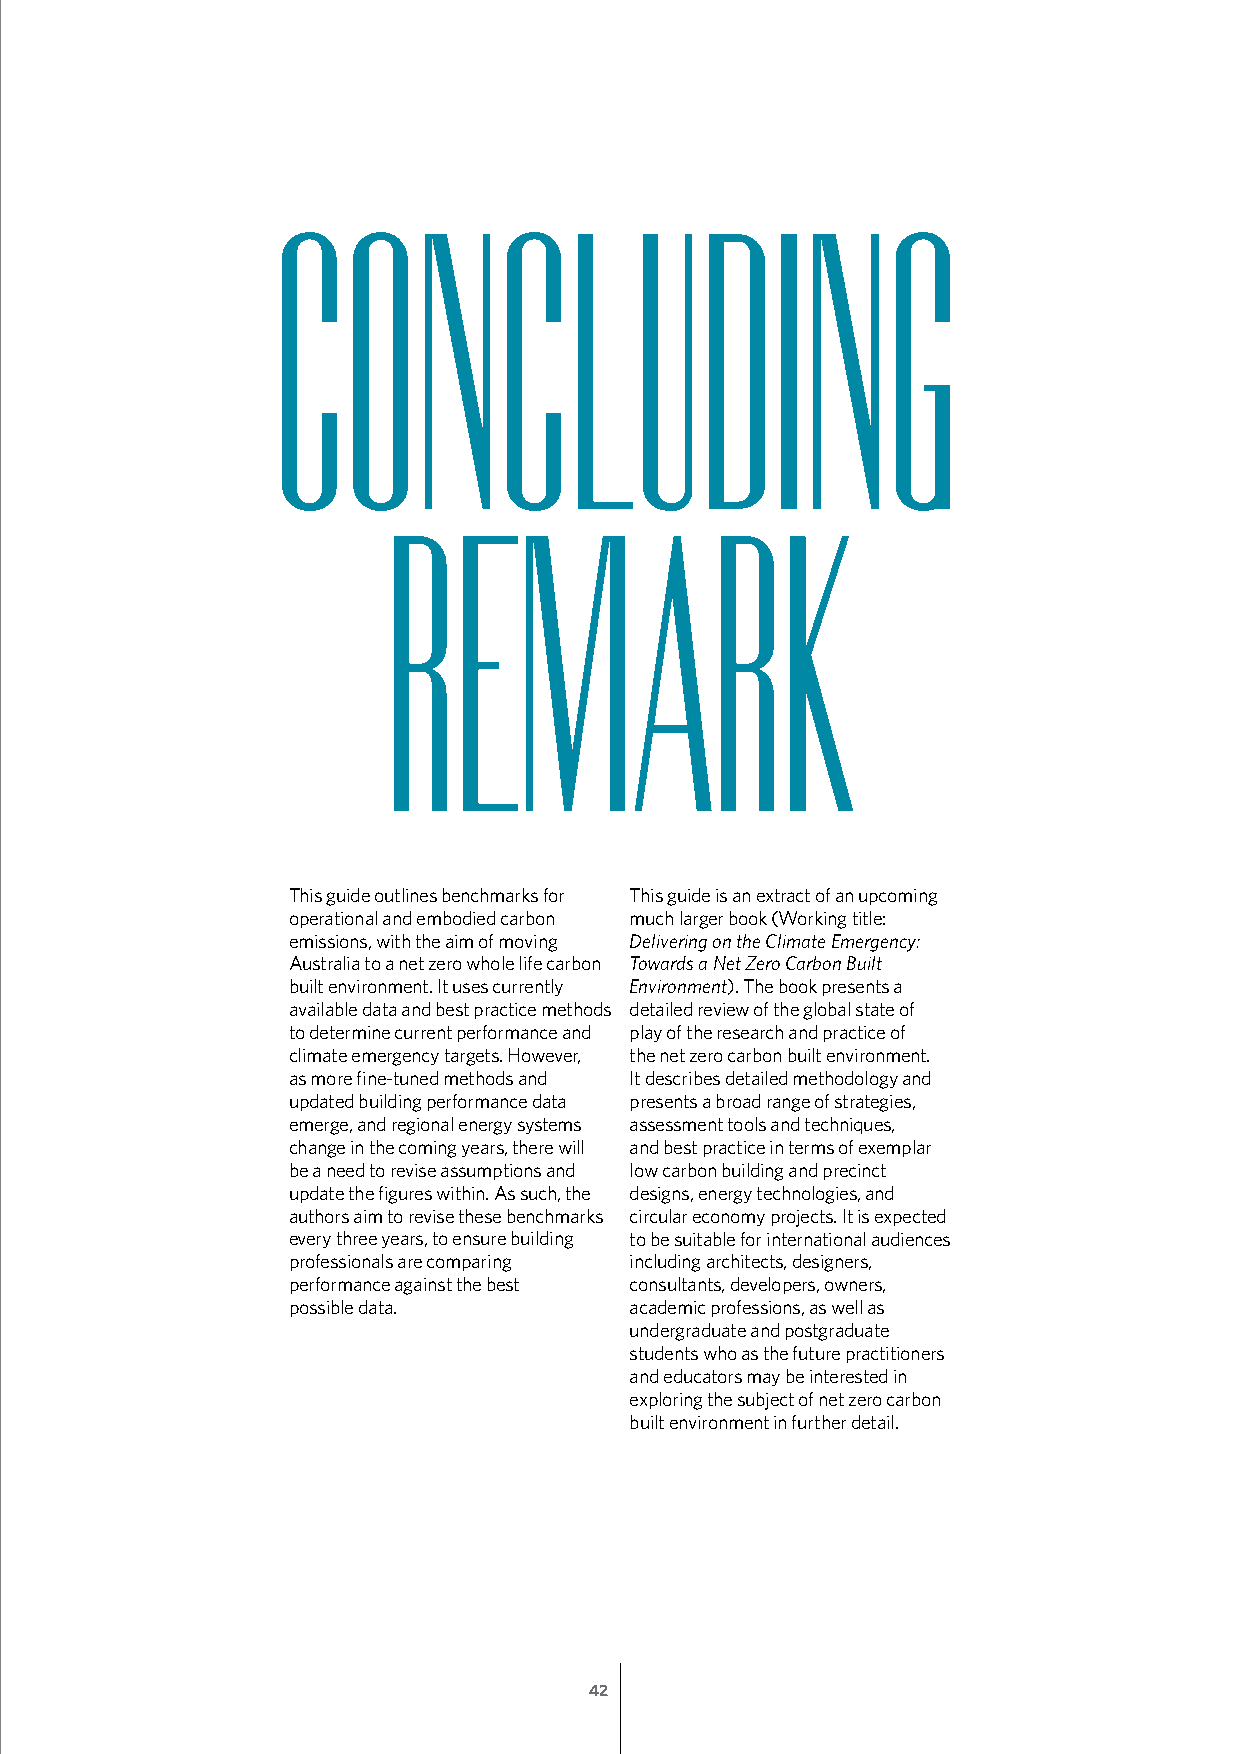
CONCLUDING
 REMARK
 This guide outlines benchmarks for This guide is an extract of an upcoming
 operational and embodied carbon much larger book (Working title:
 emissions, with the aim of moving Delivering on the Climate Emergency:
 Australia to a net zero whole life carbon Towards a Net Zero Carbon Built
 built environment. It uses currently Environment). The book presents a
 available data and best practice methods detailed review of the global state of
 to determine current performance and play of the research and practice of
 climate emergency targets. However, the net zero carbon built environment.
 as more fine-tuned methods and It describes detailed methodology and
 updated building performance data presents a broad range of strategies,
 emerge, and regional energy systems assessment tools and techniques,
 change in the coming years, there will and best practice in terms of exemplar
 be a need to revise assumptions and low carbon building and precinct
 update the figures within. As such, the designs, energy technologies, and
 authors aim to revise these benchmarks circular economy projects. It is expected
 every three years, to ensure building to be suitable for international audiences
 professionals are comparing including architects, designers,
 performance against the best consultants, developers, owners,
 possible data.         academic professions, as well as
 undergraduate and postgraduate
 students who as the future practitioners
 and educators may be interested in
 exploring the subject of net zero carbon
 built environment in further detail.
 42